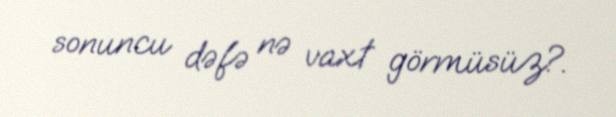
sonuncu dəfə nə vaxt görmüsüz?.